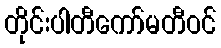
တိုင်းပါတီကော်မတီဝင်